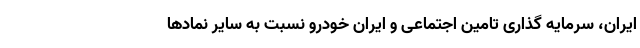
ایران، سرمایه گذاری تامین اجتماعی و ایران خودرو نسبت به سایر نمادها